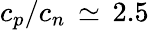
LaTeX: c_{p}/c_{n}\, \simeq\, 2.5